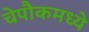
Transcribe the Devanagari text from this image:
चेपौकमध्ये